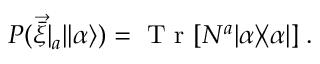
\begin{array} { r } { P ( \vec { \bar { \xi } } | _ { a } | | \alpha \rangle ) = \mathrm { ~ T ~ r ~ } [ N ^ { a } | \alpha \rangle \! \langle \alpha | ] \; . } \end{array}